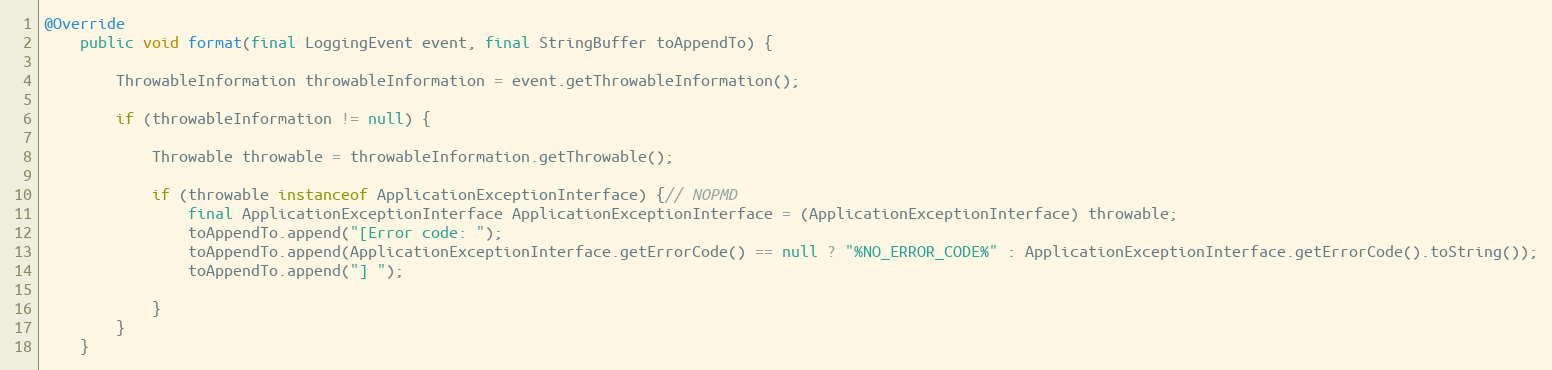
Language: Java
@Override
	public void format(final LoggingEvent event, final StringBuffer toAppendTo) {

		ThrowableInformation throwableInformation = event.getThrowableInformation();

		if (throwableInformation != null) {

			Throwable throwable = throwableInformation.getThrowable();

			if (throwable instanceof ApplicationExceptionInterface) {// NOPMD
				final ApplicationExceptionInterface ApplicationExceptionInterface = (ApplicationExceptionInterface) throwable;
				toAppendTo.append("[Error code: ");
				toAppendTo.append(ApplicationExceptionInterface.getErrorCode() == null ? "%NO_ERROR_CODE%" : ApplicationExceptionInterface.getErrorCode().toString());
				toAppendTo.append("] ");

			}
		}
	}